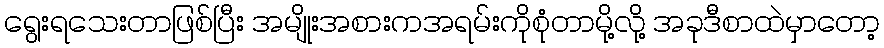
ရွေးရသေးတာဖြစ်ပြီး အမျိုးအစားကအရမ်းကိုစုံတာမို့လို့ အခုဒီစာထဲမှာတော့